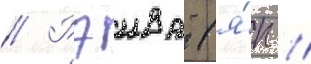
// Рэива (я́п //